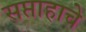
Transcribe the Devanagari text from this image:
सप्ताहाचे